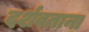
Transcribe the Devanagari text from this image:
दर्शवताना